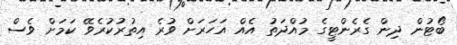
ބޯޓުން ދިން ގެރެންޓީގެ މުއްދަތު އެއް އަހަރަށް ވުރެ އިތުރުކުރެވޭ ކަމަށް ވެސް